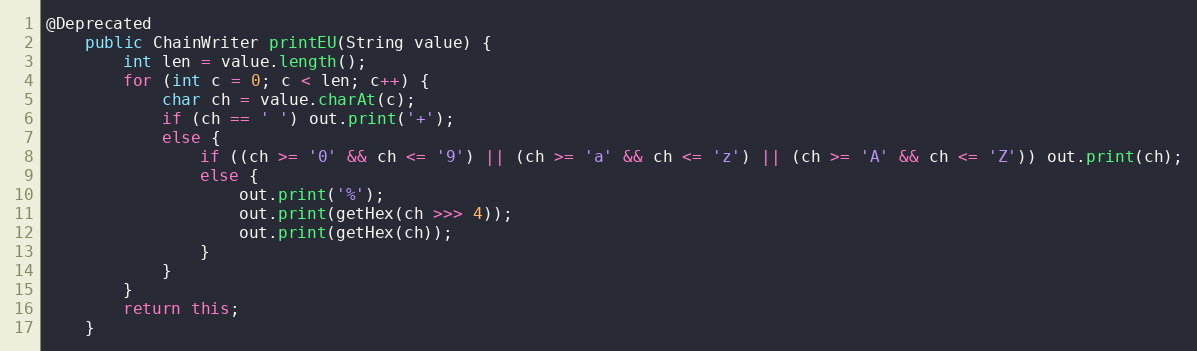
Language: Java
@Deprecated
	public ChainWriter printEU(String value) {
		int len = value.length();
		for (int c = 0; c < len; c++) {
			char ch = value.charAt(c);
			if (ch == ' ') out.print('+');
			else {
				if ((ch >= '0' && ch <= '9') || (ch >= 'a' && ch <= 'z') || (ch >= 'A' && ch <= 'Z')) out.print(ch);
				else {
					out.print('%');
					out.print(getHex(ch >>> 4));
					out.print(getHex(ch));
				}
			}
		}
		return this;
	}